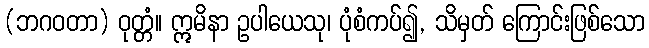
(ဘဂဝတာ) ဝုတ္တံ။ ဣမိနာ ဥပါယေသု၊ ပုံစံကပ်၍, သိမှတ် ကြောင်းဖြစ်သော